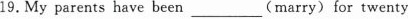
19.My parents have been ___(marry) for twenty